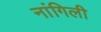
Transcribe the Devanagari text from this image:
नांगिली